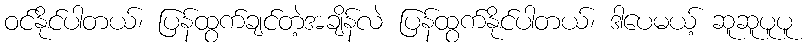
ဝင်နိုင်ပါတယ်၊ ပြန်ထွက်ချင်တဲ့အချိန်လဲ ပြန်ထွက်နိုင်ပါတယ်၊ ဒါပေမယ့် ဆူဆူပူပူ